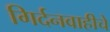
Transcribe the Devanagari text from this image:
गिर्दनवाहीचे